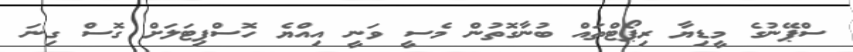
ސްޕޭނުގެ މީޑިޔާ ރިޕޯޓްތައް ބުނާގޮތުން މެސީ ވަނީ އިއްޔެ ހޮސްޕިޓަލަށް ގޮސް ގިނަ